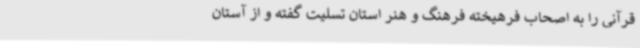
قرآنی را به اصحاب فرهیخته فرهنگ و هنر استان تسلیت گفته و از آستان